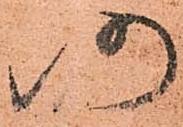
仍